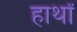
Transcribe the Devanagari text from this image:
हार्थों